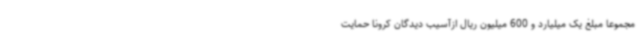
مجموعاً مبلغ یک میلیارد و 600 میلیون ریال ازآسیب دیدگان کرونا حمایت